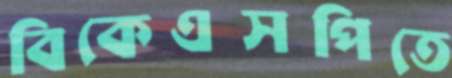
বিকেএসপিতে